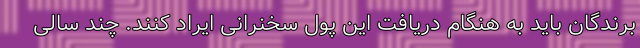
برندگان باید به هنگام دریافت این پول سخنرانی ایراد کنند. چند سالی